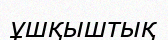
ұшқыштық